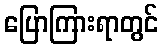
ပြောကြားရာတွင်